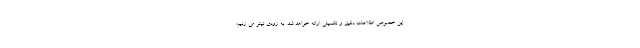
این خصوص اطلاعات دقیق و تکمیلی ارائه خواهد شد. به زودی تیتر می زنیم: